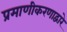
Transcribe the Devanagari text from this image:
प्रमाणीकरणाद्वारे